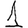
Digit: 1